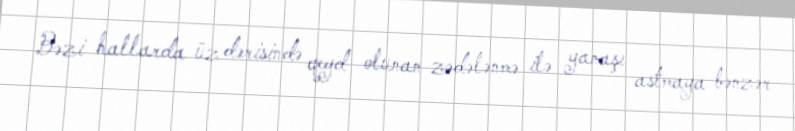
Bəzi hallarda üz dərisində qeyd olunan zədələnmə ilə yanaşı astmaya bənzər